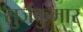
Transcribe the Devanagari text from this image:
सुर्जकुमार